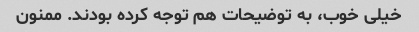
خیلی خوب، به توضیحات هم توجه کرده بودند. ممنون